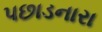
પછાડનારા